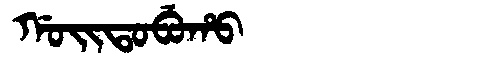
Manchu: ᡤᠣᡳᡨᠣᠪᡠᡥᠣ
Romanization: GOITOBUHO